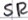
Text: SR